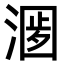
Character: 𣺀